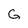
Character: G